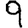
Digit: 9